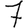
Digit: 7